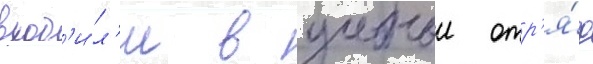
вход'и́л'и в учебныи отр'я́д